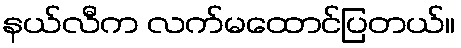
နယ်လီက လက်မထောင်ပြတယ်။